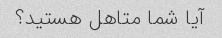
آیا شما متاهل هستید؟